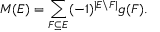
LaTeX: M ( E ) = \sum _ { F \subseteq E } ( - 1 ) ^ { | E \backslash F | } g ( F ) .